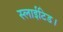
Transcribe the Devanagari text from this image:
स्लाईटिड।